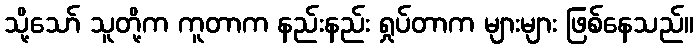
သို့သော် သူတို့က ကူတာက နည်းနည်း ရှုပ်တာက များများ ဖြစ်နေသည်။